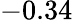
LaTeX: -0.34